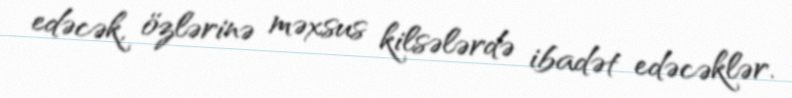
edəcək, özlərinə məxsus kilsələrdə ibadət edəcəklər.